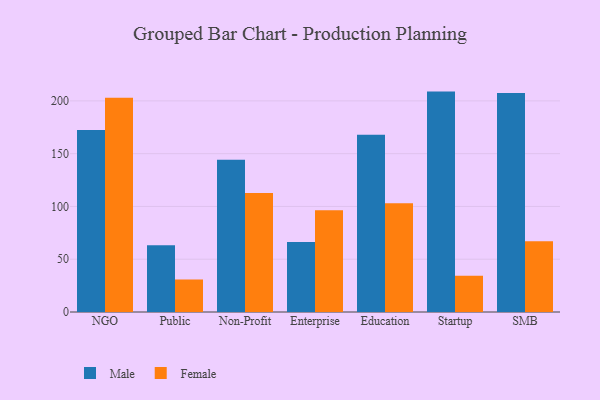
{"axis": {"x": "Segment", "y": "Operating Costs (USD K)"}, "legend": ["Female", "Male"], "data": [{"x": "NGO", "y": 172.4, "type": "Male"}, {"x": "NGO", "y": 202.9, "type": "Female"}, {"x": "Public", "y": 63.3, "type": "Male"}, {"x": "Public", "y": 30.8, "type": "Female"}, {"x": "Non-Profit", "y": 144.2, "type": "Male"}, {"x": "Non-Profit", "y": 112.8, "type": "Female"}, {"x": "Enterprise", "y": 66.2, "type": "Male"}, {"x": "Enterprise", "y": 96.5, "type": "Female"}, {"x": "Education", "y": 167.9, "type": "Male"}, {"x": "Education", "y": 103.1, "type": "Female"}, {"x": "Startup", "y": 208.8, "type": "Male"}, {"x": "Startup", "y": 34.3, "type": "Female"}, {"x": "SMB", "y": 207.4, "type": "Male"}, {"x": "SMB", "y": 67.1, "type": "Female"}]}